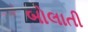
બોલાતી